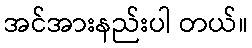
အင်အားနည်းပါ တယ်။